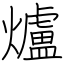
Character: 爐